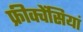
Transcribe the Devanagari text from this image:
फ्रीक्वेंसियां